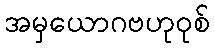
အမှယောဂဗဟုဝုစ်